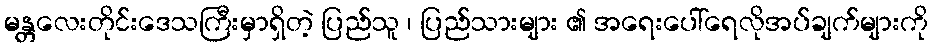
မန္တလေးတိုင်းဒေသကြီးမှာရှိတဲ့ ပြည်သူ ၊ ပြည်သားများ ၏ အရေးပေါ်ရေလိုအပ်ချက်များကို